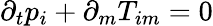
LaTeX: \partial_{t}p_{i}+\partial_{m}T_{im}=0